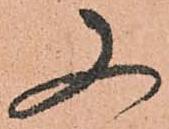
又